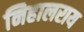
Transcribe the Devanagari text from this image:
निहालराय